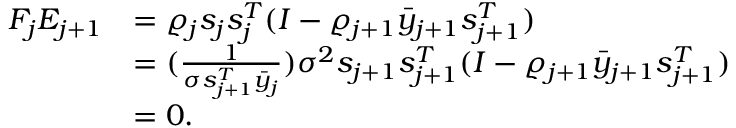
\begin{array} { r l } { F _ { j } E _ { j + 1 } } & { = \varrho _ { j } { s _ { j } s _ { j } ^ { T } } ( I - \varrho _ { j + 1 } \bar { y } _ { j + 1 } s _ { j + 1 } ^ { T } ) } \\ & { = ( \frac { 1 } { \sigma s _ { j + 1 } ^ { T } \bar { y } _ { j } } ) \sigma ^ { 2 } s _ { j + 1 } s _ { j + 1 } ^ { T } ( I - \varrho _ { j + 1 } \bar { y } _ { j + 1 } s _ { j + 1 } ^ { T } ) } \\ & { = 0 . } \end{array}